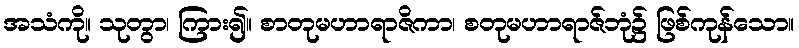
အသံကို။ သုတွာ၊ ကြား၍။ စာတုမဟာရာဇိကာ၊ စတုမဟာရာဇ်ဘုံ၌ ဖြစ်ကုန်သော။